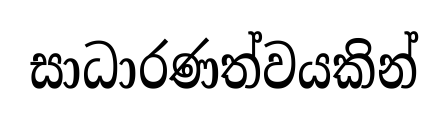
සාධාරණත්වයකින්